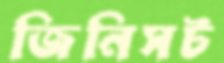
জিনিসট